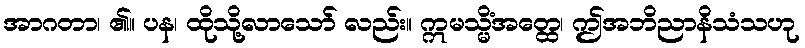
အာဂတာ၊ ၏။ ပန၊ ထိုသို့လာသော် လည်း။ ဣမသ္မိံအတ္ထေ၊ ဤအဘိညာနိသံသဟု